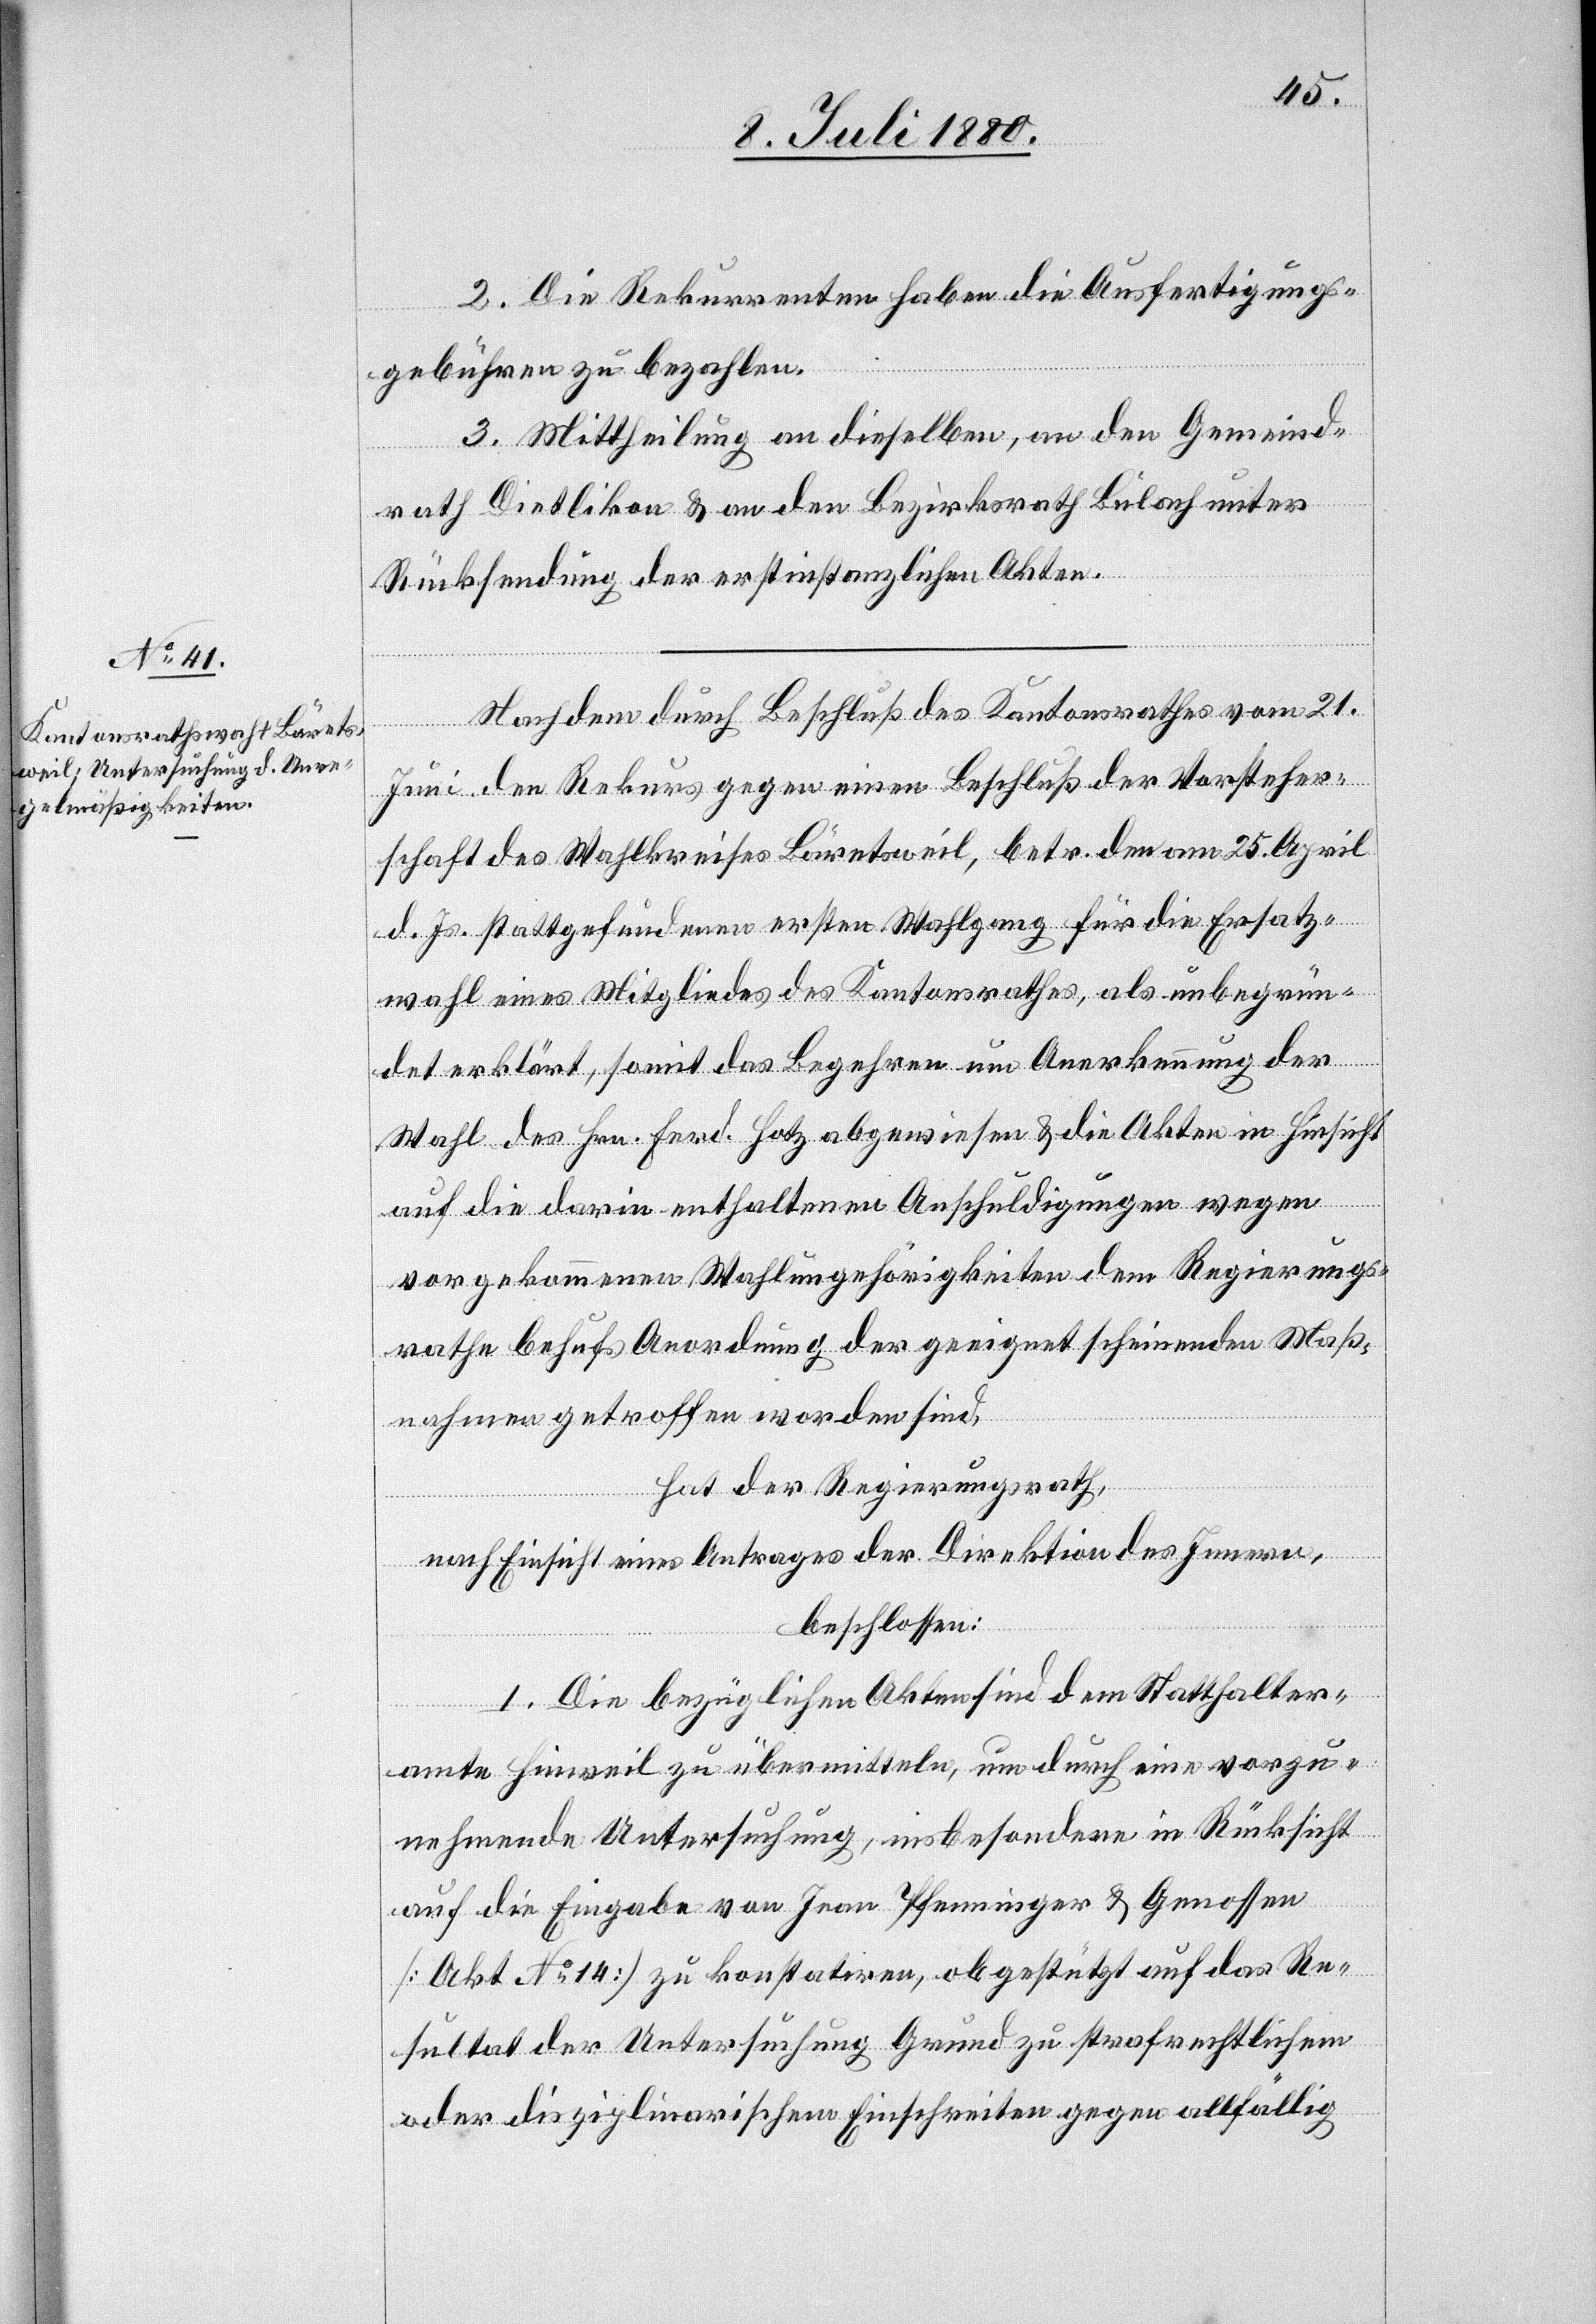
2. Die Rekurrenten haben die Ausfertigungs¬
gebühren zu bezahlen.
3. Mittheilung an dieselben, an den Gemeind¬
rath Dietlikon & an den Bezirksrath Bülach unter
Rücksendung der erstinstanzlichen Akten.